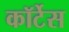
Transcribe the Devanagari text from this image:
कॉर्टेस